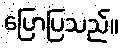
ပြောပြသည်။